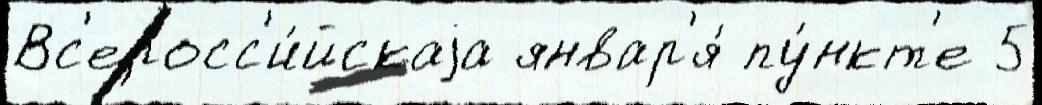
Вс'еросс'и́йскаjа январ'я́ пу́нкт'е 5